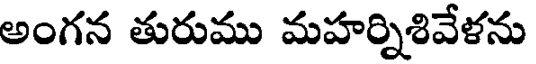
అంగన తురుము మహర్నిశివేళను